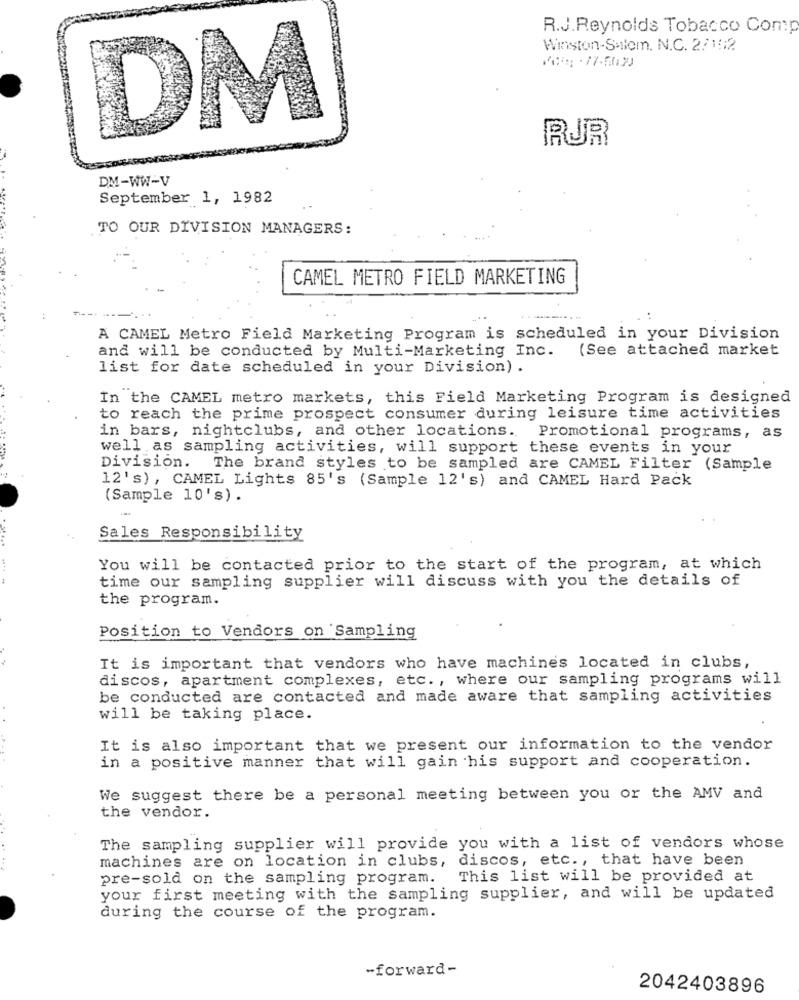
R.J.Reynolds Tobacco Comp
Winston-Salem. N.C. 27 15:2
8 -77-5033
DM
RUR
DM-WW-V
September 1, 1982
TO OUR DIVISION MANAGERS:
CAMEL METRO FIELD MARKETING
A CAMEL Metro Field Marketing Program is scheduled in your Division
and will be conducted by Multi-Marketing Inc. (See attached market
list for date scheduled in your Division) .
In the CAMEL metro markets, this Field Marketing Program is designed
to reach the prime prospect consumer during leisure time activities
in bars, nightclubs, and other locations. Promotional programs, as
well as sampling activities, will support these events in your
Division. The brand styles to be sampled are CAMEL Filter (Sample
12's), CAMEL Lights 85's (Sample 12's) and CAMEL Hard Pack
(Sample 10's).
Sales Responsibility
You will be contacted prior to the start of the program, at which
--
time our sampling supplier will discuss with you the details of
the program.
Position to Vendors on Sampling
It is important that vendors who have machines located in clubs,
discos, apartment complexes, etc. , where our sampling programs will
be conducted are contacted and made aware that sampling activities
will be taking place.
It is also important that we present our information to the vendor
in a positive manner that will gain his support and cooperation.
We suggest there be a personal meeting between you or the AMV and
the vendor.
The sampling supplier will provide you with a list of vendors whose
machines are on location in clubs, discos, etc ., that have been
pre-sold on the sampling program.
This list will be provided at
your first meeting with the sampling supplier, and will be updated
during the course of the program.
-forward-
2042403896